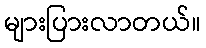
များပြားလာတယ်။